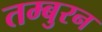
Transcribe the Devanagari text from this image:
तम्बुरन